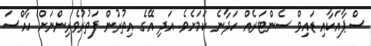
ސްޕާއަކާއި ޑައިވް ސެންޓަރެއް ހަދާނެ ކަމަށެވެ. އަދި އޭގެ އިތުރުން ފަތުރުވެރިންނަށް ހާއްސަ